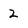
Character: 2